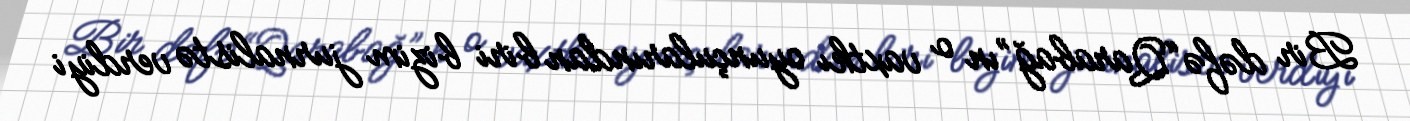
Bir dəfə “Qarabağ”ın o vaxtkı oyunçularından biri bizim jurnalistə verdiyi